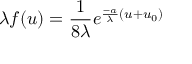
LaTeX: \lambda f ( u ) = \frac 1 { 8 \lambda } e ^ { \frac { - a } { \lambda } ( u + u _ { 0 } ) }